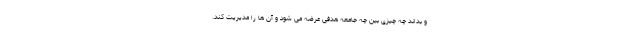
و بداند چه چیزی بین چه جامعه هدفی عرضه می شود و آن ها را مدیریت کند.